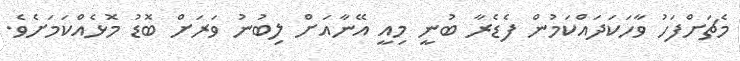
މެޗަށްފަހު ވާހަކަދައްކަމުން ފެޑެރާ ބުނީ މިއީ އޭނާއަށް ލިބުނު ވަރަށް ބޮޑު މޮޅެއްކަމަށެވެ.